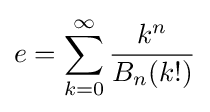
e=\sum _{k=0}^{\infty }{\frac {k^{n}}{B_{n}(k!)}}